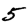
Digit: 5